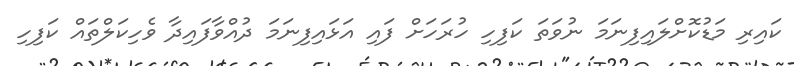
ކައިރި މަޑުކޮށްލައިފިނަމަ ނުވަތަ ކަފިހި ހުރަހަށް ފައި އަޅައިފިނަމަ ދުއްވާފައިދާ ވެހިކަލްތައް ކަފިހި